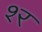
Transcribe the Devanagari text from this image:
श्‍र